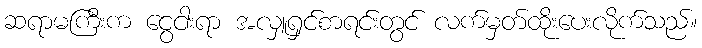
ဆရာမကြီးက ငွေငါးရာ အလှူရှင်စာရင်းတွင် လက်မှတ်ထိုးပေးလိုက်သည်။